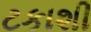
ટકાશી